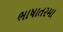
ભાષાતરમા